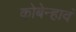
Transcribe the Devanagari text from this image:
कोबेन्हावं